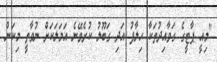
"މިއީ ޕާޓީގެ ގަވާއިދުތަކާ ހިލާފު އަދި ގަބޫލު ކުރެވޭނެ އަމަލަކަށް ނުވާތީ މިކަން